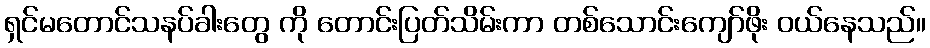
ရှင်မတောင်သနပ်ခါးတွေ ကို တောင်းပြတ်သိမ်းကာ တစ်သောင်းကျော်ဖိုး ဝယ်နေသည်။